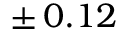
\pm \, 0 . 1 2